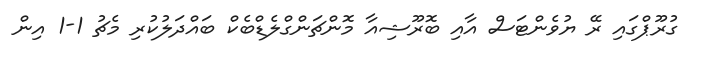
ގުރޫޕްގައި ރޭ ޔުވެންޓަސް އާއި ބޮރޫޝިއާ މޮންޗަންގްލެޑްބެކް ބައްދަލުކުރި މެޗު 1-1 އިން